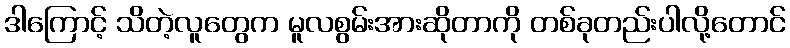
ဒါကြောင့် သိတဲ့လူတွေက မူလစွမ်းအားဆိုတာကို တစ်ခုတည်းပါလို့တောင်